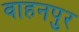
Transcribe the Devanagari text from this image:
वाहनपुर